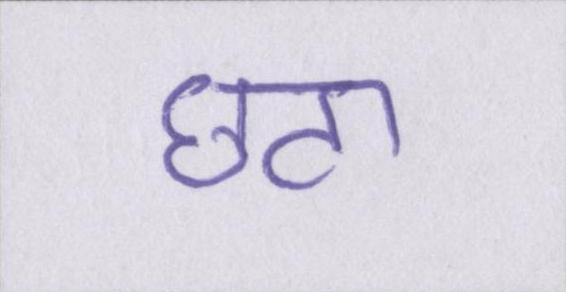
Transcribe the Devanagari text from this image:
छटा